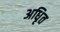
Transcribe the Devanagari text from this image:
अधिृत